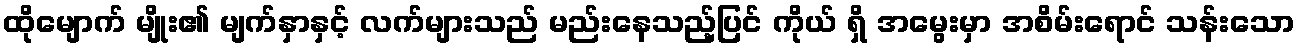
ထိုမျောက် မျိုး၏ မျက်နှာနှင့် လက်များသည် မည်းနေသည့်ပြင် ကိုယ် ရှိ အမွေးမှာ အစိမ်းရောင် သန်းသော